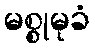
မစ္စုမုခံ